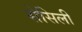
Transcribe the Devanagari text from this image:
सेसिली